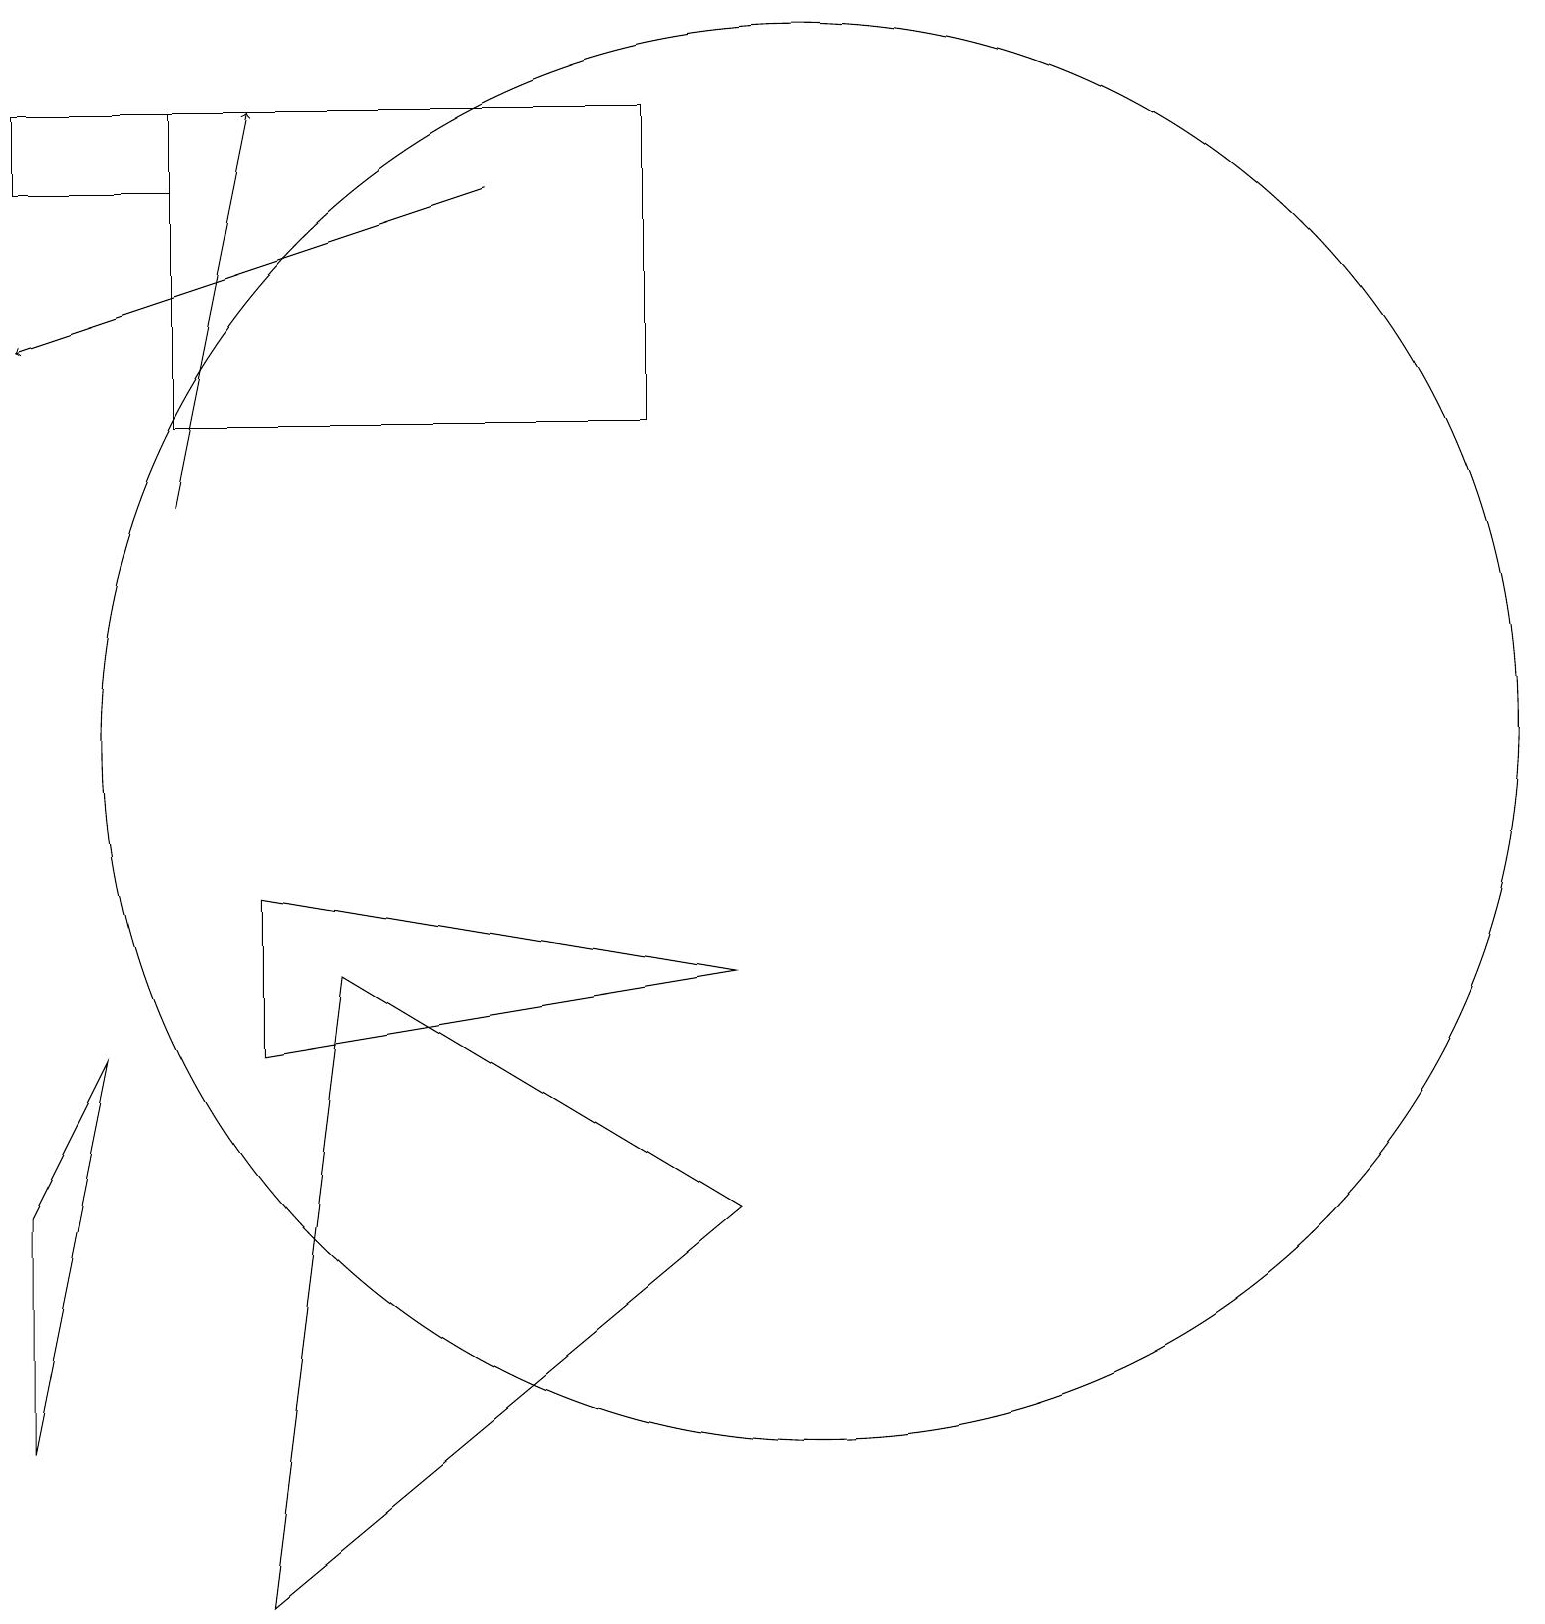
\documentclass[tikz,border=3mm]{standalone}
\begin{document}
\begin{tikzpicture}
\draw (3,9) -- (9,8) -- (3,7) -- cycle;
\draw (0,5) -- (0,2) -- (1,7) -- cycle;
\draw (0,19) rectangle (2,18);
\draw[->] (2,14) -- (3,19);
\draw (10,11) circle (9);
\draw[->] (6,18) -- (0,16);
\draw (3,0) -- (9,5) -- (4,8) -- cycle;
\draw (2,19) rectangle (8,15);
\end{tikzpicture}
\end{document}